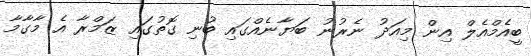
ބީއެމްއެލް އިން މިއަދު ނެރުނު ބަޔާނެއްގައި ބުނި ގޮތުގައި ޒަމްރާ އެ މާގާމާ